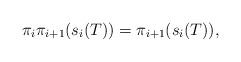
LaTeX: \begin{align*}\pi_i \pi_{i+1} ( s_i(T))= \pi_{i+1}(s_i(T)),\end{align*}